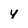
Character: y